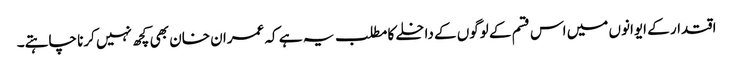
اقتدار کے ایوانوں میں اس قسم کے لوگوں کے داخلے کا مطلب یہ ہے کہ عمران خان بھی کچھ نہیں کرنا چاہتے۔